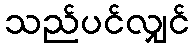
သည်ပင်လျှင်